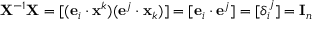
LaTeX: \mathbf { X } ^ { - 1 } \mathbf { X } = [ ( \mathbf { e } _ { i } \cdot \mathbf { x } ^ { k } ) ( \mathbf { e } ^ { j } \cdot \mathbf { x } _ { k } ) ] = [ \mathbf { e } _ { i } \cdot \mathbf { e } ^ { j } ] = [ \delta _ { i } ^ { j } ] = \mathbf { I } _ { n }